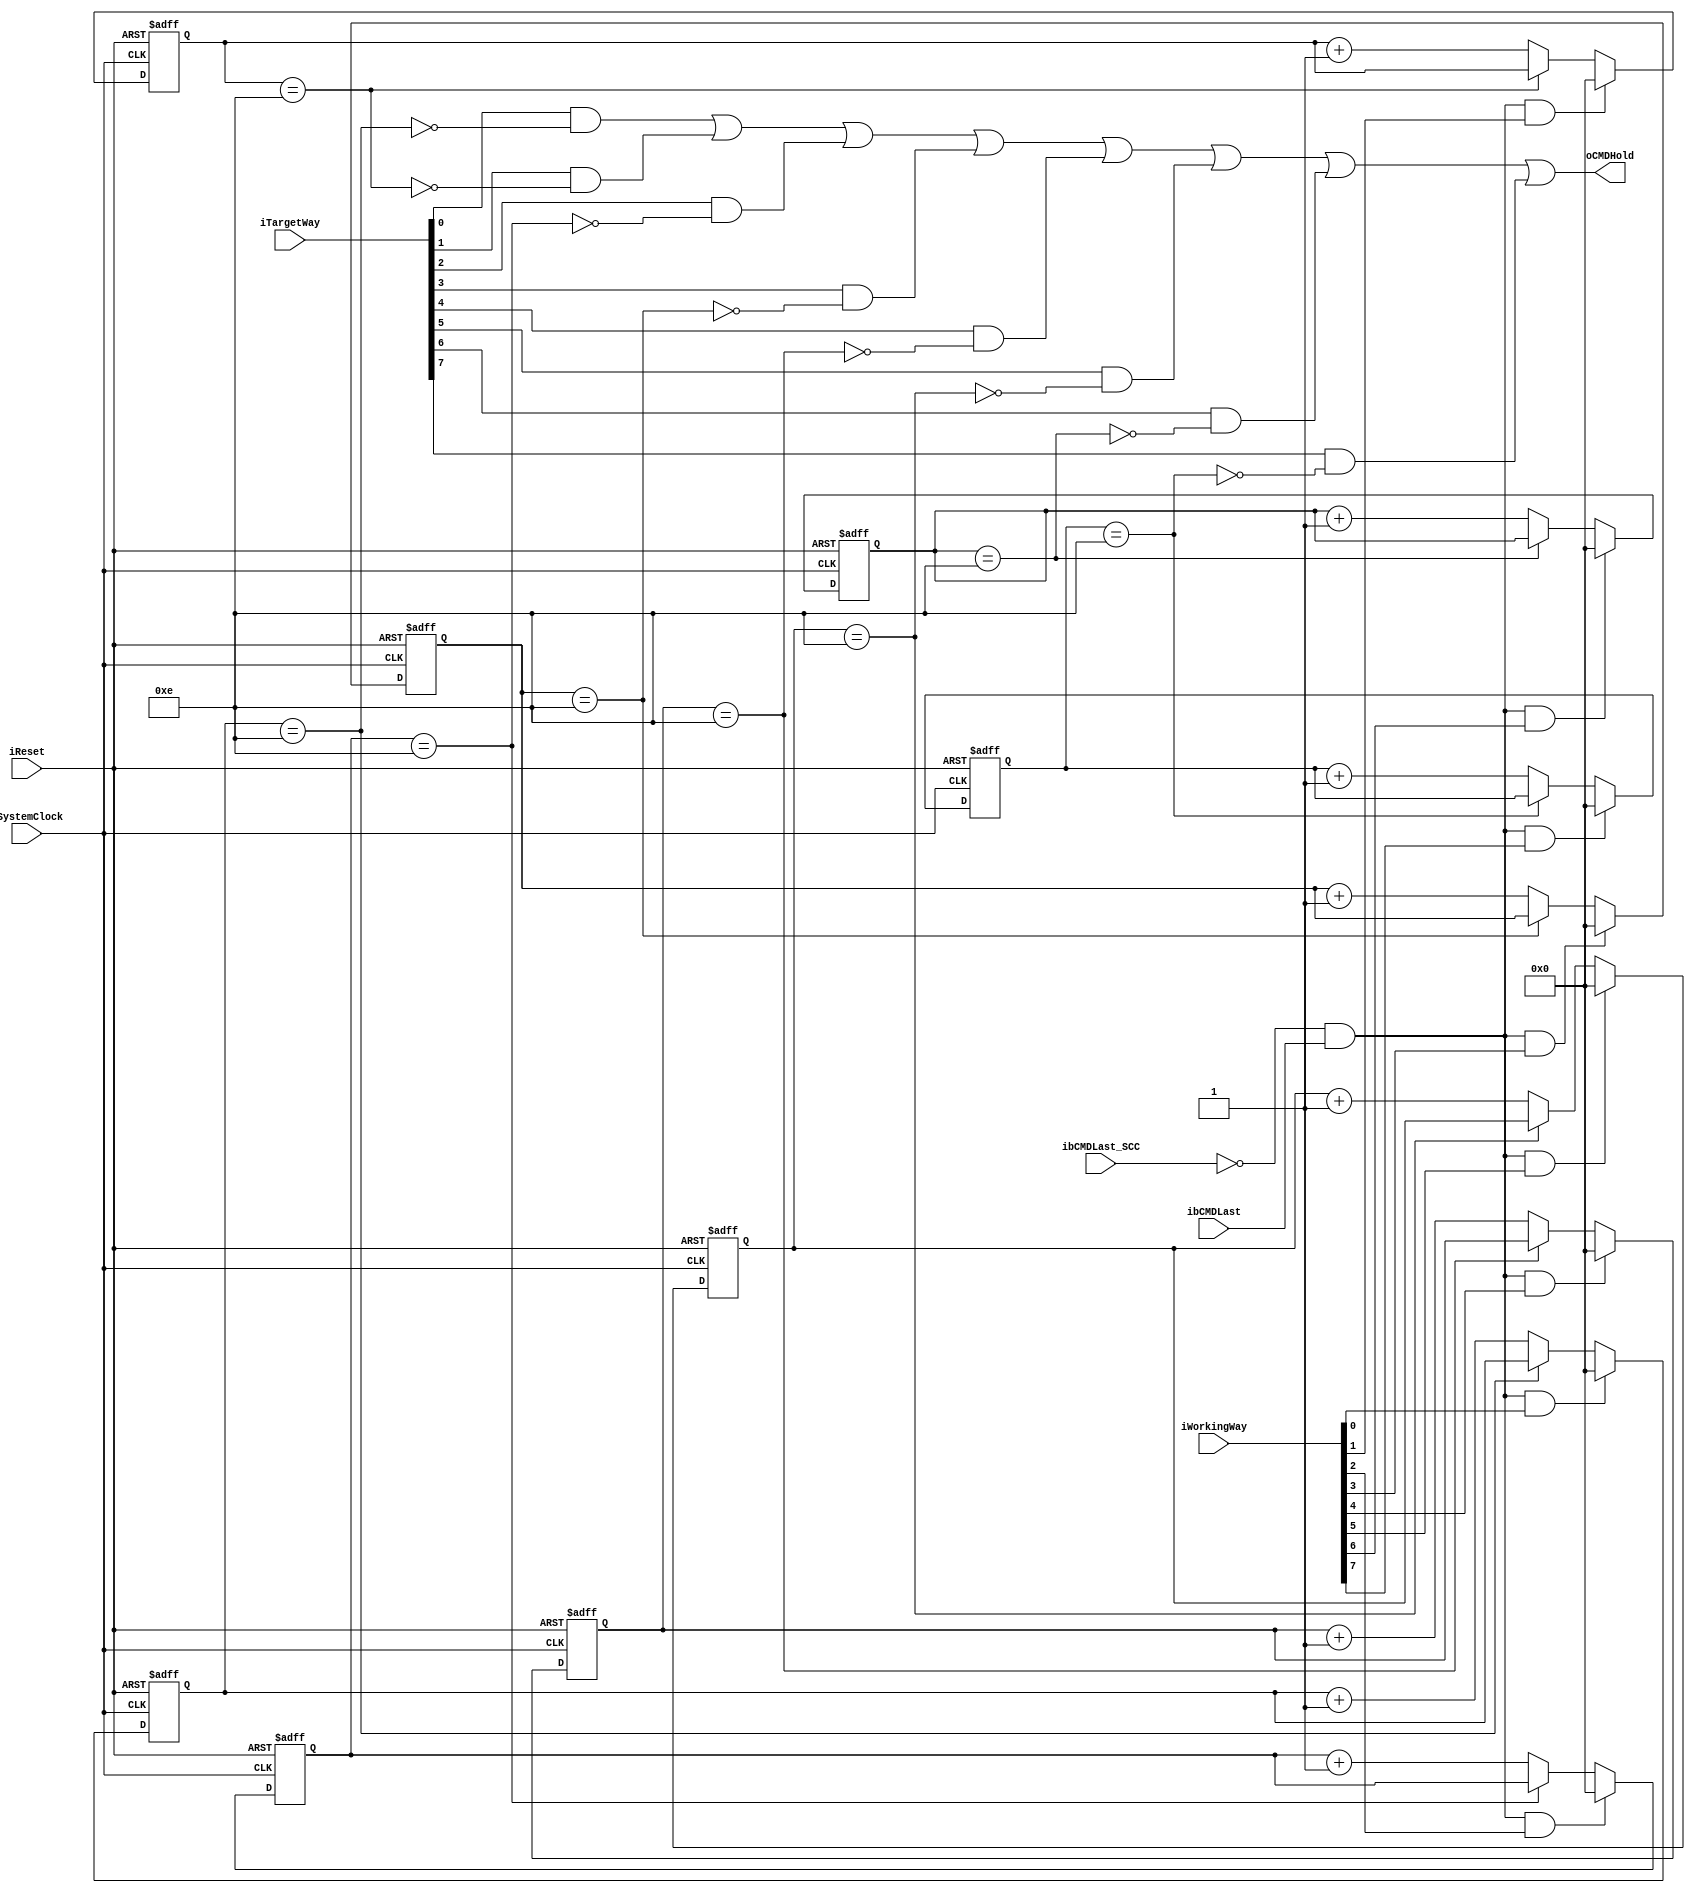
//////////////////////////////////////////////////////////////////////////////////
// NPCG_Toggle_way_CE_timer for Cosmos OpenSSD
// Copyright (c) 2015 Hanyang University ENC Lab.
// Contributed by Ilyong Jung <iyjung@enc.hanyang.ac.kr>
//                Yong Ho Song <yhsong@enc.hanyang.ac.kr>
//
// This file is part of Cosmos OpenSSD.
//
// Cosmos OpenSSD is free software; you can redistribute it and/or modify
// it under the terms of the GNU General Public License as published by
// the Free Software Foundation; either version 3, or (at your option)
// any later version.
//
// Cosmos OpenSSD is distributed in the hope that it will be useful,
// but WITHOUT ANY WARRANTY; without even the implied warranty of
// MERCHANTABILITY or FITNESS FOR A PARTICULAR PURPOSE.
// See the GNU General Public License for more details.
//
// You should have received a copy of the GNU General Public License
// along with Cosmos OpenSSD; see the file COPYING.
// If not, see <http://www.gnu.org/licenses/>. 
//////////////////////////////////////////////////////////////////////////////////

//////////////////////////////////////////////////////////////////////////////////
// Company: ENC Lab. <http://enc.hanyang.ac.kr>
// 
// Project Name: Cosmos OpenSSD
// Design Name: NPCG_Toggle_way_CE_timer
// Module Name: NPCG_Toggle_way_CE_timer
//
// Version: v1.0.0
//
// Description: Way chip enable timer
//
//////////////////////////////////////////////////////////////////////////////////

//////////////////////////////////////////////////////////////////////////////////
// Revision History:
//
// * v1.0.0
//   - first draft
//////////////////////////////////////////////////////////////////////////////////
`timescale 1ns / 1ps

module NPCG_Toggle_way_CE_timer
#
(
    parameter NumberOfWays    =   8
)
(
    iSystemClock    ,
    iReset          ,
    iWorkingWay     ,
    ibCMDLast       ,
    ibCMDLast_SCC   ,
    iTargetWay      ,
    oCMDHold       
);
    input                           iSystemClock            ;
    input                           iReset                  ;
    input   [NumberOfWays - 1:0]    iWorkingWay             ;
    input                           ibCMDLast               ;
    input                           ibCMDLast_SCC           ;
    input   [NumberOfWays - 1:0]    iTargetWay              ;
    output                          oCMDHold                ;
    
    wire                            wWay0_Deasserted        ;
    wire                            wWay1_Deasserted        ;
    wire                            wWay2_Deasserted        ;
    wire                            wWay3_Deasserted        ;
    
    wire                            wWay4_Deasserted        ;
    wire                            wWay5_Deasserted        ;
    wire                            wWay6_Deasserted        ;
    wire                            wWay7_Deasserted        ;
    
    reg     [3:0]                   rWay0_Timer             ;
    reg     [3:0]                   rWay1_Timer             ;
    reg     [3:0]                   rWay2_Timer             ;
    reg     [3:0]                   rWay3_Timer             ;
    
    reg     [3:0]                   rWay4_Timer             ;
    reg     [3:0]                   rWay5_Timer             ;
    reg     [3:0]                   rWay6_Timer             ;
    reg     [3:0]                   rWay7_Timer             ;
    
    wire                            wWay0_Ready             ;
    wire                            wWay1_Ready             ;
    wire                            wWay2_Ready             ;
    wire                            wWay3_Ready             ;
    
    wire                            wWay4_Ready             ;
    wire                            wWay5_Ready             ;
    wire                            wWay6_Ready             ;
    wire                            wWay7_Ready             ;
    
    wire                            wWay0_Targeted          ;
    wire                            wWay1_Targeted          ;
    wire                            wWay2_Targeted          ;
    wire                            wWay3_Targeted          ;
    
    wire                            wWay4_Targeted          ;
    wire                            wWay5_Targeted          ;
    wire                            wWay6_Targeted          ;
    wire                            wWay7_Targeted          ;
    
    
    
    assign wWay0_Deasserted = (~ibCMDLast_SCC) & ibCMDLast & iWorkingWay[0];
    assign wWay1_Deasserted = (~ibCMDLast_SCC) & ibCMDLast & iWorkingWay[1];
    assign wWay2_Deasserted = (~ibCMDLast_SCC) & ibCMDLast & iWorkingWay[2];
    assign wWay3_Deasserted = (~ibCMDLast_SCC) & ibCMDLast & iWorkingWay[3];
    
    assign wWay4_Deasserted = (~ibCMDLast_SCC) & ibCMDLast & iWorkingWay[4];
    assign wWay5_Deasserted = (~ibCMDLast_SCC) & ibCMDLast & iWorkingWay[5];
    assign wWay6_Deasserted = (~ibCMDLast_SCC) & ibCMDLast & iWorkingWay[6];
    assign wWay7_Deasserted = (~ibCMDLast_SCC) & ibCMDLast & iWorkingWay[7];
    
    assign wWay0_Ready = (rWay0_Timer[3:0] == 4'b1110); // 14 cycle -> 140 ns
    assign wWay1_Ready = (rWay1_Timer[3:0] == 4'b1110);
    assign wWay2_Ready = (rWay2_Timer[3:0] == 4'b1110);
    assign wWay3_Ready = (rWay3_Timer[3:0] == 4'b1110);
    
    assign wWay4_Ready = (rWay4_Timer[3:0] == 4'b1110);
    assign wWay5_Ready = (rWay5_Timer[3:0] == 4'b1110);
    assign wWay6_Ready = (rWay6_Timer[3:0] == 4'b1110);
    assign wWay7_Ready = (rWay7_Timer[3:0] == 4'b1110);
    
    always @ (posedge iSystemClock, posedge iReset) begin
        if (iReset) begin
            rWay0_Timer[3:0] <= 4'b1110;
            rWay1_Timer[3:0] <= 4'b1110;
            rWay2_Timer[3:0] <= 4'b1110;
            rWay3_Timer[3:0] <= 4'b1110;
            rWay4_Timer[3:0] <= 4'b1110;
            rWay5_Timer[3:0] <= 4'b1110;
            rWay6_Timer[3:0] <= 4'b1110;
            rWay7_Timer[3:0] <= 4'b1110;
        end else begin
            rWay0_Timer[3:0] <= (wWay0_Deasserted)? 4'b0000:((wWay0_Ready)? (rWay0_Timer[3:0]):(rWay0_Timer[3:0] + 1'b1));
            rWay1_Timer[3:0] <= (wWay1_Deasserted)? 4'b0000:((wWay1_Ready)? (rWay1_Timer[3:0]):(rWay1_Timer[3:0] + 1'b1));
            rWay2_Timer[3:0] <= (wWay2_Deasserted)? 4'b0000:((wWay2_Ready)? (rWay2_Timer[3:0]):(rWay2_Timer[3:0] + 1'b1));
            rWay3_Timer[3:0] <= (wWay3_Deasserted)? 4'b0000:((wWay3_Ready)? (rWay3_Timer[3:0]):(rWay3_Timer[3:0] + 1'b1));
            rWay4_Timer[3:0] <= (wWay4_Deasserted)? 4'b0000:((wWay4_Ready)? (rWay4_Timer[3:0]):(rWay4_Timer[3:0] + 1'b1));
            rWay5_Timer[3:0] <= (wWay5_Deasserted)? 4'b0000:((wWay5_Ready)? (rWay5_Timer[3:0]):(rWay5_Timer[3:0] + 1'b1));
            rWay6_Timer[3:0] <= (wWay6_Deasserted)? 4'b0000:((wWay6_Ready)? (rWay6_Timer[3:0]):(rWay6_Timer[3:0] + 1'b1));
            rWay7_Timer[3:0] <= (wWay7_Deasserted)? 4'b0000:((wWay7_Ready)? (rWay7_Timer[3:0]):(rWay7_Timer[3:0] + 1'b1));
        end
    end
    
    assign wWay0_Targeted = iTargetWay[0];
    assign wWay1_Targeted = iTargetWay[1];
    assign wWay2_Targeted = iTargetWay[2];
    assign wWay3_Targeted = iTargetWay[3];
    
    assign wWay4_Targeted = iTargetWay[4];
    assign wWay5_Targeted = iTargetWay[5];
    assign wWay6_Targeted = iTargetWay[6];
    assign wWay7_Targeted = iTargetWay[7];
    
    assign oCMDHold =   (wWay0_Targeted & (~wWay0_Ready)) | 
                        (wWay1_Targeted & (~wWay1_Ready)) |
                        (wWay2_Targeted & (~wWay2_Ready)) |
                        (wWay3_Targeted & (~wWay3_Ready)) |
                        (wWay4_Targeted & (~wWay4_Ready)) | 
                        (wWay5_Targeted & (~wWay5_Ready)) |
                        (wWay6_Targeted & (~wWay6_Ready)) |
                        (wWay7_Targeted & (~wWay7_Ready)) ;
    
endmodule